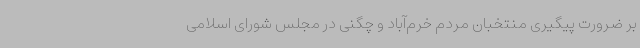
بر ضرورت پیگیری منتخبان مردم خرم‌آباد و چگنی در مجلس شورای اسلامی